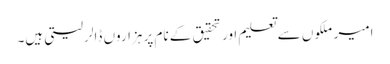
امیر ملکوں سے تعلیم اور تحقیق کے نام پر ہزاروں ڈالر لیتی ہیں۔